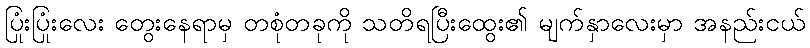
ပြုံးပြုံးလေး တွေးနေရာမှ တစုံတခုကို သတိရပြီးထွေး၏ မျက်နှာလေးမှာ အနည်းငယ်